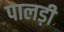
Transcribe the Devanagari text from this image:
पालड़ी